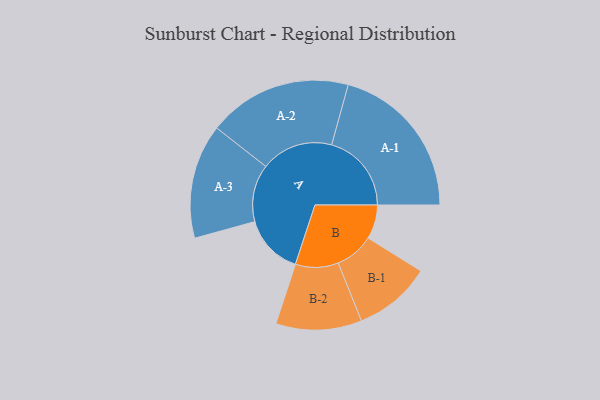
{"axis": {"x": "Segment", "y": "Value"}, "legend": ["", "A", "B"], "data": [{"x": "A", "y": 219, "type": ""}, {"x": "B", "y": 124, "type": ""}, {"x": "A-1", "y": 290, "type": "A"}, {"x": "A-2", "y": 262, "type": "A"}, {"x": "A-3", "y": 208, "type": "A"}, {"x": "B-1", "y": 141, "type": "B"}, {"x": "B-2", "y": 156, "type": "B"}]}